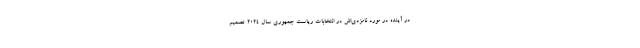
در آینده در مورد نامزدی‌اش در انتخابات ریاست جمهوری سال ۲۰۲۴ تصمیم